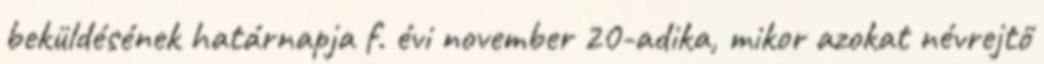
beküldésének határnapja f. évi november 20-adika, mikor azokat névrejtő